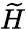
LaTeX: \widetilde{H}